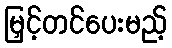
မြှင့်တင်ပေးမည့်